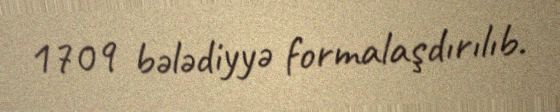
1709 bələdiyyə formalaşdırılıb.